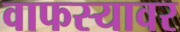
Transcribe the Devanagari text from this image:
वाफस्यावर